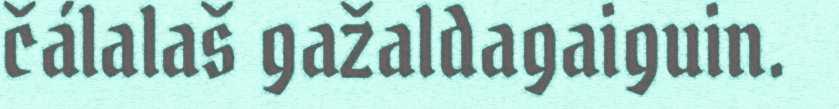
čálalaš gažaldagaiguin.